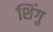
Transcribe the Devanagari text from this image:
शिंगु